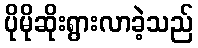
ပိုမိုဆိုးရွားလာခဲ့သည်